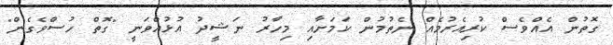
ގޮތުން އެއްވެސް ކުރިއެރުމެއް ނެތުމުން ކަމަށާއި މިހާރު ނަޝީދު އުޅުއްވަނީ "ގޮތް ހުސްވެގެން"